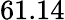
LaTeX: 61.14